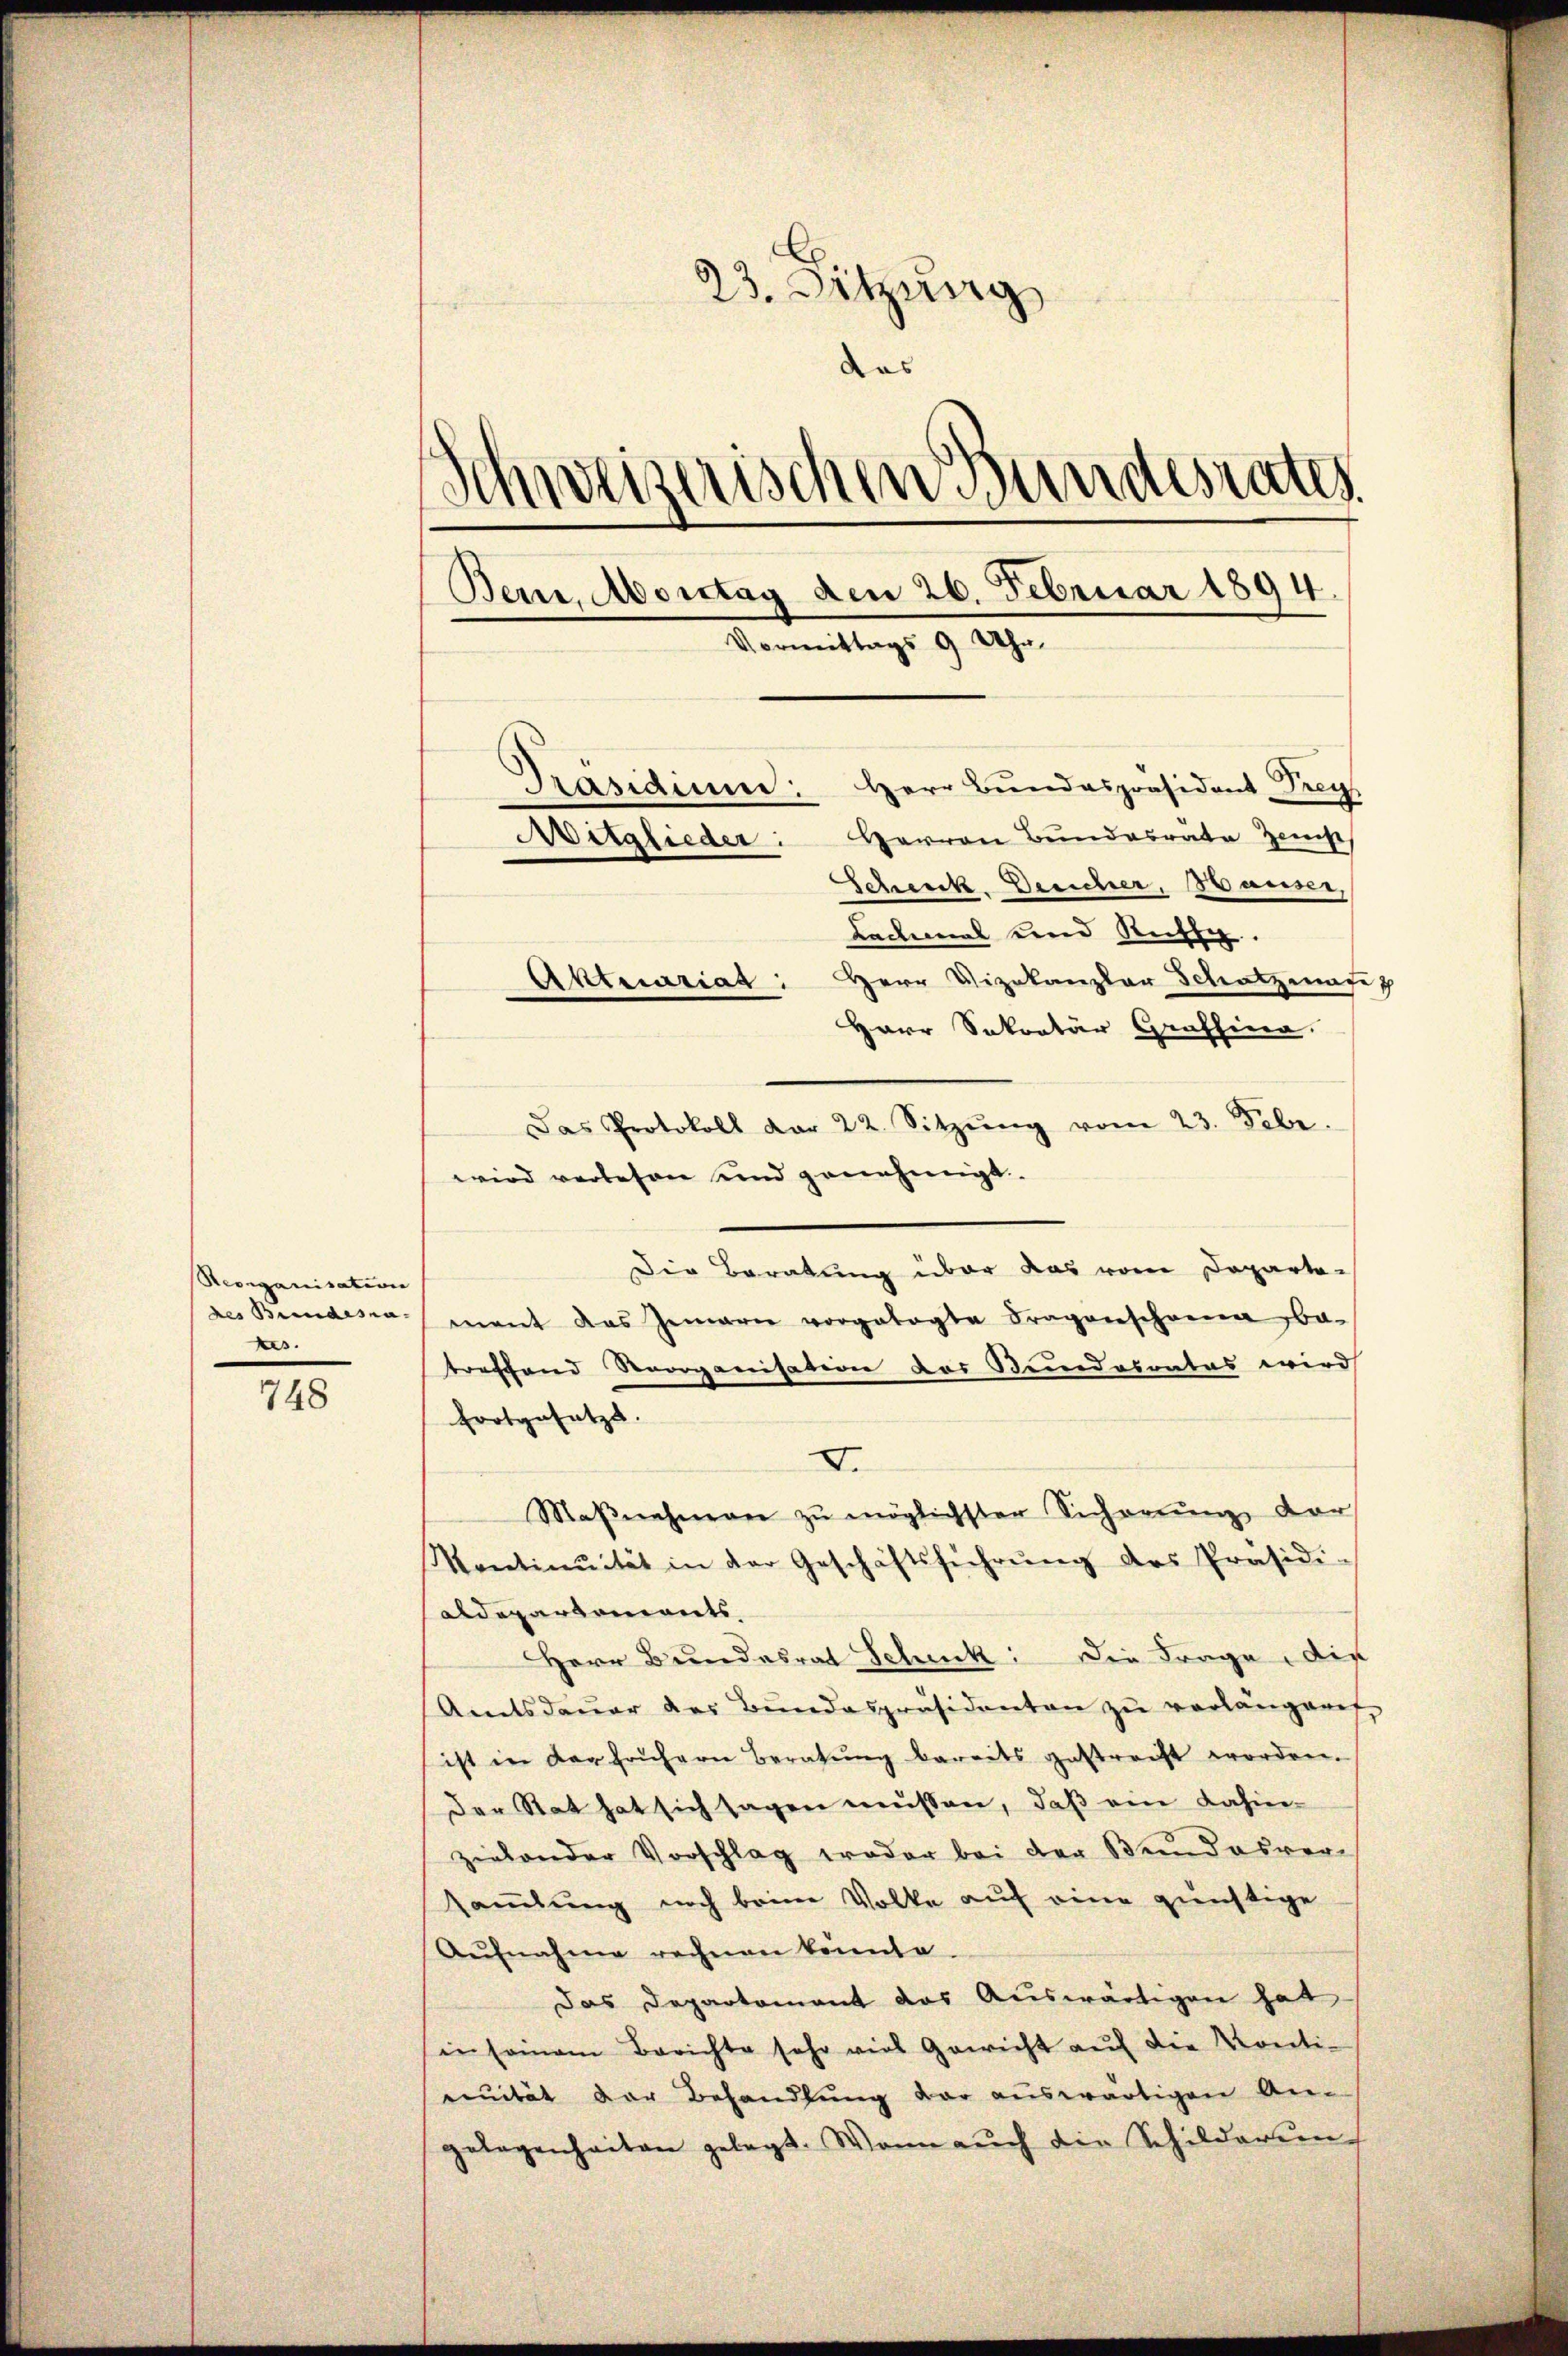
Reorganisation
kes.

748

23. Sitzung
das
aischen Bundesrates.
Schwei
Bern, Montag den 26. Februar 1894.
Vormittags 9 Uhr
Präsidium: Herr Bundespräsident Drey
Herren Bundesrate Zei
Mitglieder:
Schenk. Desicher, Hauser,
Ladeal und Rechtig.
Aktuariat: Herr Vizekanzlar Schatzenage
Herr Sekretär Graffina.

Das Protokoll dar 22. Sitzŭng vom 23. Febr.
wird verlesen und genehmigt.
Die Beratung über das vom Departe-
des Bundestament das Gemare vorgetagte Fragenschanna be-
treffend Reorganisation der Stundesantas wird
fortgesetzt.
I.
Maβnahmen zŭ möglichster Sicherung der
Ventinuität in der Geschäftsführŭng des Präsidi-
Aldepartements
Herr Bundesrat Schick: Die Frage, die
Amtsdaŭer der Bŭndespräsidenten zŭ verlangeret,
sist in der frühern Beratung bereits gestrecht worden.
Der Stat hat sich sagen müssen, daß ein dahin-
ziehender Vorschlag oder bei der Bundesversammlung noch beim Volke auf eine günstige
Aŭfnahme rechnen könnte.
Das Departement das Auswärtigen hat
in seinem Berichte sehr viel Gericht auf die Kontienuität der Behandlung der auswärtigen An-
gelegenheiten gelegt. Wenn auch die Schilderung